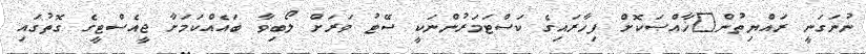
ނުނަގަނީ ރައްޔިތުން	ޚާއްޞަކޮށް ފިހާރައިގެ ކަސްޓަމަރުންނަކީ ސޭޓު ވަރަށް ލޯބިވާ ބައެއްކަމަށާ ޖީއެސްޓީގެ ގޮތުގައި